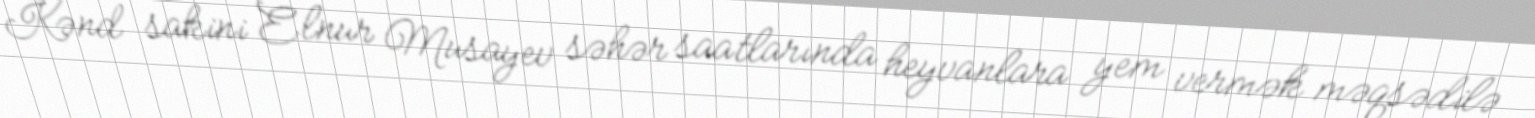
Kənd sakini Elnur Musayev səhər saatlarında heyvanlara yem vermək məqsədilə